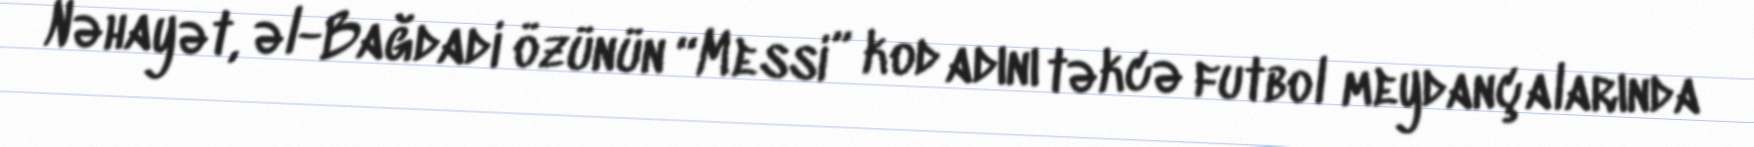
Nəhayət, əl-Bağdadi özünün “Messi” kod adını təkcə futbol meydançalarında